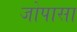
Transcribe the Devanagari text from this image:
जोपासा